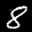
Digit: 8